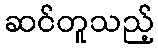
ဆင်တူသည့်